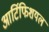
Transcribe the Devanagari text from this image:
आर्टिफिशयल